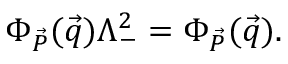
\Phi _ { \vec { P } } ( \vec { q } ) \Lambda _ { - } ^ { 2 } = \Phi _ { \vec { P } } ( \vec { q } ) .